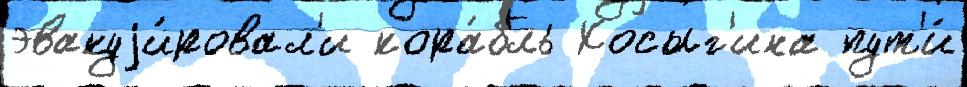
эвакуjи́ровал'и кора́бль Косыг'ина пут'и́